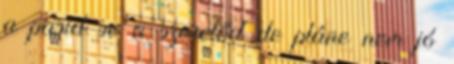
a pasid se a szeretőd de pláne nem jó